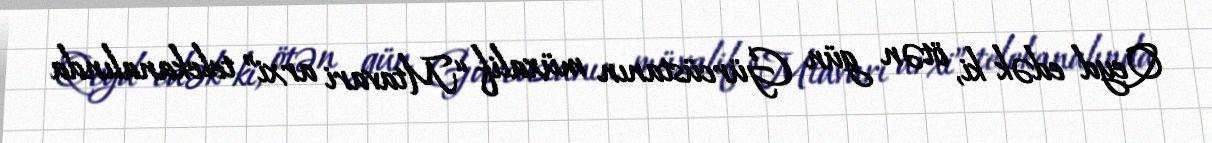
Qeyd edək ki, ötən gün Gürcüstanın müxalif “Mtavari arxi” telekanalında